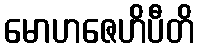
မောဟဇေဟိပီတိ